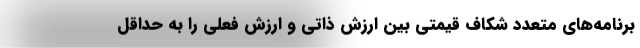
برنامه‌هاي متعدد شكاف قيمتي بين ارزش ذاتي و ارزش فعلي را به حداقل